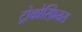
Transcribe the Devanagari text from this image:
ट्रोकोस्फ़ियरा